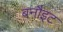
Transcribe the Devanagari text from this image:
बनौइट